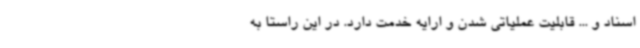
اسناد و ... قابلیت عملیاتی شدن و ارایه خدمت دارد. در این راستا به